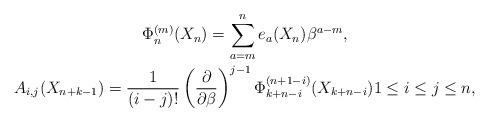
LaTeX: \begin{gather*}\Phi_{n}^{(m)}(X_n)=\sum_{a=m}^{n}e_a(X_n) \beta^{a-m},\\A_{i,j}(X_{n+k-1})={1 \over (i-j)!} \left({\partial \over \partial \beta}\right)^{j-1} \Phi_{k+n-i}^{(n+1-i)}(X_{k+n-i}) 1 \le i \le j \le n,\end{gather*}